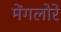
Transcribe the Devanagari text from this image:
मेंगलोरे